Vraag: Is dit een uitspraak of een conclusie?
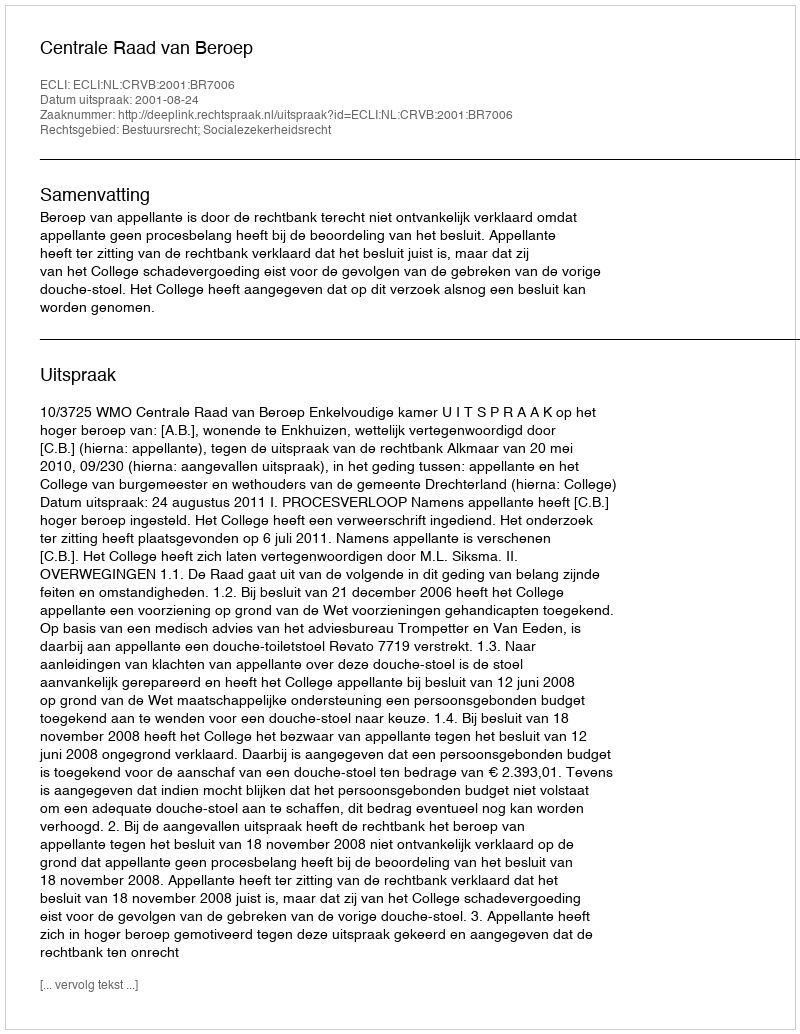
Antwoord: Uitspraak